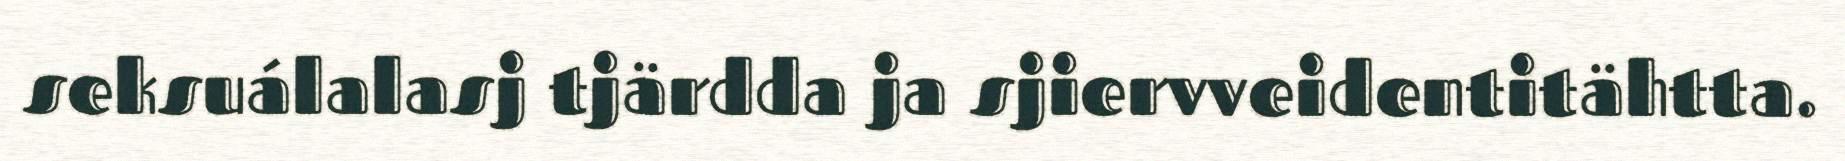
seksuálalasj tjärdda ja sjiervveidentitähtta.